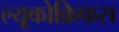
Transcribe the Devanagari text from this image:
ल्यूकोक्रिफस